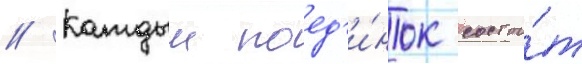
// Каждыи поед'и́нок состои́т